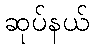
ဆုပ်နယ်